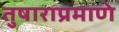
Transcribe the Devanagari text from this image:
तुषाराप्रमाणे